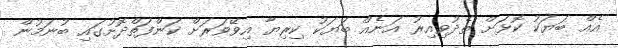
އެއް ބަޔަކު ކޮޅަށް ތެދުވިއިރު އަނެއް ބަޔަކު ކިރިޔާ އިވޭވަރަށް ކަންފަތްދޮށުގައި ބުނަމުން